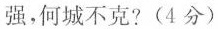
强，何城不克?(4分)